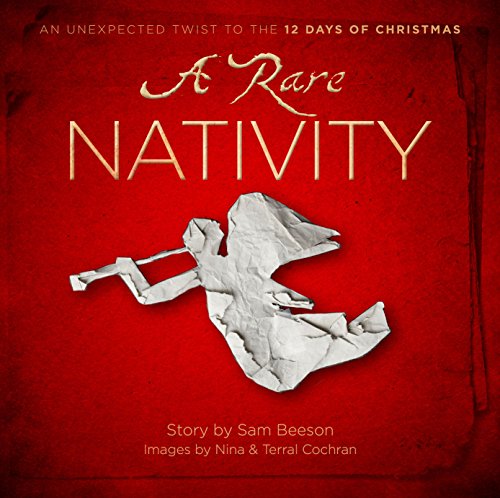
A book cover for A Rare Nativity; Sam Beeson; Christian Books & Bibles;